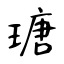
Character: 瑭